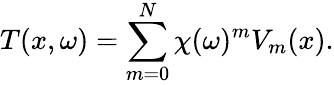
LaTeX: T(x,\omega)=\sum_{m=0}^{N}\chi(\omega)^{m}V_{m}(x).